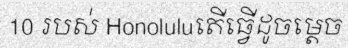
10 របស់ Honoluluតើធ្វើដូចម្តេច